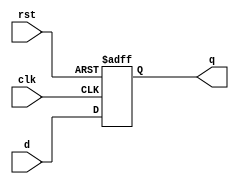
`timescale 1ns / 1ps
//////////////////////////////////////////////////////////////////////////////////
// Company: 
// 
// Design Name: 
// Module Name: PC
// Project Name: 
// Target Devices: 
// Tool Versions: 
// Description:  PC = Program Counter
//
// Dependencies: 
// Additional Comments:
// 
//////////////////////////////////////////////////////////////////////////////////


module PC (
	input clk,
	input rst,
	input [7:0] d,
	
	output reg [7:0] q
	);
	
	always @ (posedge rst or posedge clk) begin
		if(rst) begin
			q <= 8'b0;
		end
		else begin
			q <= d;
		end
	end
	
endmodule